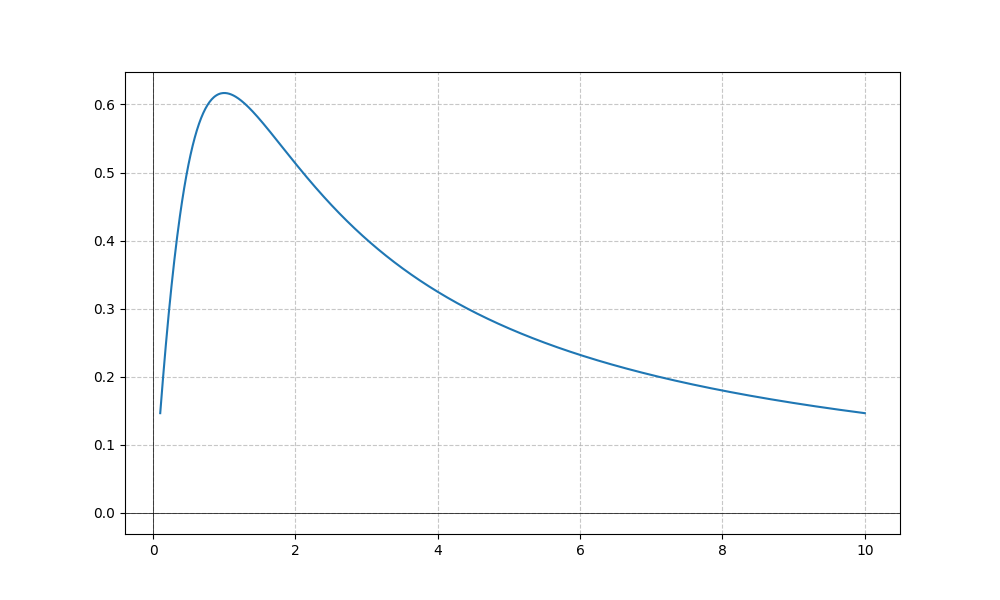
LaTeX formula: \operatorname{acot}{\left(x \right)} \operatorname{atan}{\left(x \right)}